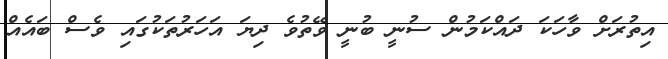
އިތުރަށް ވާހަކަ ދައްކަމުން ސުނީ ބުނީ ވޭތުވެ ދިޔަ އަހަރުތަކުގައި ވެސް ބައެއް